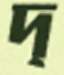
দ্